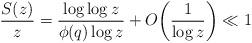
LaTeX: \begin{align*}\frac{S(z)}{z} = \frac{\log\log z}{\phi(q) \log z} + O\bigg(\frac{1}{\log z}\bigg) \ll 1\end{align*}